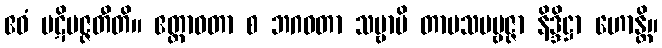
ဧဝံ ပဋိပဇ္ဇတီတိ။ ဧတ္တာဝတာ စ ဘဂဝတာ သဗ္ဗာပိ တာပသပဗ္ဗဇ္ဇာ နိဒ္ဒိဋ္ဌာ ဟောန္တိ။